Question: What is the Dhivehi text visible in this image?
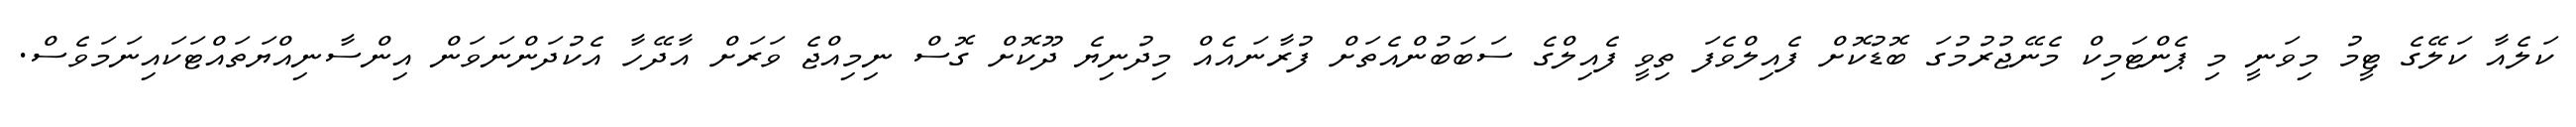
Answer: ކަލެއާ ކަލޭގެ ޓީމު މިވަނީ މި ޕެންޓަމިކް މެނޭޖުރުމުގަ ބޮޑުކޮށް ފެއިލްވެފަ ތިވީ ފެއިލްގެ ސަބަބުންއެތަށް ފުރާނައެއް މިދުނިޔެ ދޫކޮށް ގޮސް ނިމިއްޖެ ވަރަށް އާދޭހާ އެކުދަންނަވަން އިންސާނިއްޔަތައްޓަކައިނަމަވެސް.